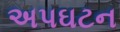
અપઘટન